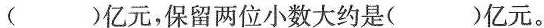
( )亿元，保留两位小数大约是( )亿元。